Civil Veterinary Department Bengal reports 1933-51 - 1933-1951
Year: 1933
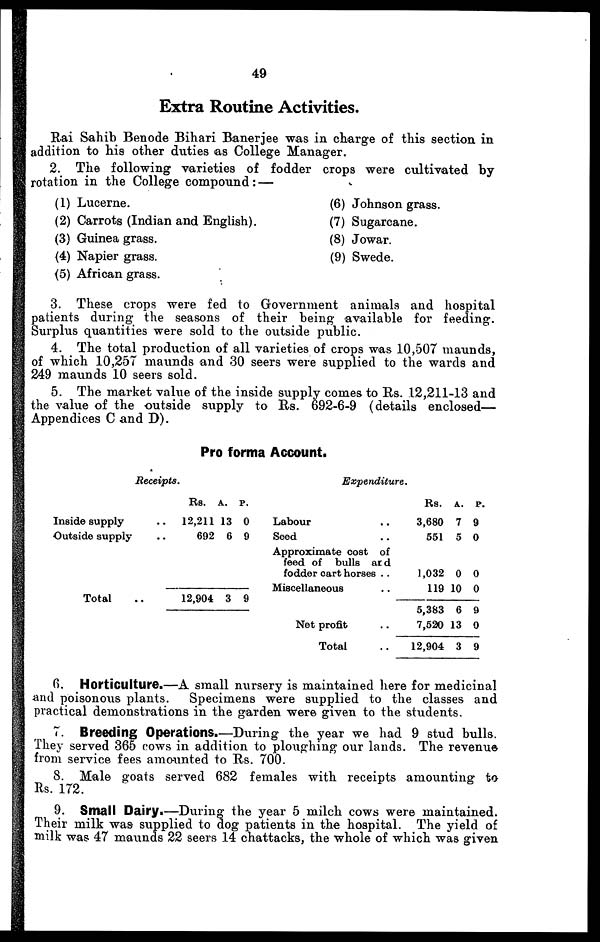
49
Extra Routine Activities.
Rai Sahib Benode Bihari Banerjee was in charge of this section in
addition to his other duties as College Manager.
2. The following varieties of fodder crops were cultivated by
rotation in the College compound: —
(1) Lucerne.
(2) Carrots (Indian and English).
(3) Guinea grass.
(4) Napier grass.
(5) African grass.
(6) Johnson grass.
(7) Sugarcane.
(8) Jowar.
(9) Swede.
3. These crops were fed to Government animals and hospital
patients during the seasons of their being available for feeding.
Surplus quantities were sold to the outside public.
4. The total production of all varieties of crops was 10,507 maunds,
of which 10,257 maunds and 30 seers were supplied to the wards and
249 maunds 10 seers sold.
5. The market value of the inside supply comes to Rs. 12,211-13 and
the value of the outside supply to Rs. 692-6-9 (details enclosed—
Appendices C and D).
Pro forma Account.
Receipts.
Inside supply ..
Outside supply ..
Total ..
Rs.
12,211
692
12,904
A.
13
6
3
P.
0
9
9
Expenditure.
Labour ..
Seed ..
Approximate cost of
feed of bulls and
fodder cart horses ..
Miscellaneous ..
Net profit ..
Total ..
Rs.
3,680
551
1,032
119
5,383
7,520
12,904
A.
7
5
0
10
6
13
3
P.
9
0
0
0
9
0
9
6. Horticulture.—A small nursery is maintained here for medicinal
and poisonous plants.
Specimens were supplied to the classes and
practical demonstrations in the garden were given to the students.
7. Breeding Operations.—During the year we had 9 stud bulls.
They served 365 cows in addition to ploughing our lands. The revenue
from service fees amounted to Rs. 700.
8. Male goats served 682 females with receipts amounting to
Rs. 172.
9. Small Dairy.—During the year 5 milch cows were maintained.
Their milk was supplied to dog patients in the hospital. The yield of
milk was 47 maunds 22 seers 14 chattacks, the whole of which was given